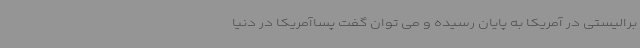
برالیستی در آمریکا به پایان رسیده و می توان گفت پساآمریکا در دنیا